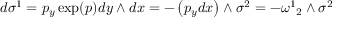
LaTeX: d \sigma ^ { 1 } = p _ { y } \exp ( p ) d y \wedge d x = - \left( p _ { y } d x \right) \wedge \sigma ^ { 2 } = - { \omega ^ { 1 } } _ { 2 } \wedge \sigma ^ { 2 }